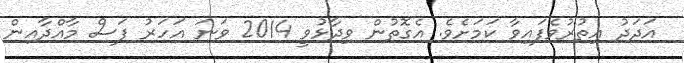
އަދަދު އިތުރުވެފައިވާ ކަމަށެވެ. އެގޮތުން ވިދާޅުވީ 2014 ވަނަ އަހަރު ފަސް މާއްދާއިން